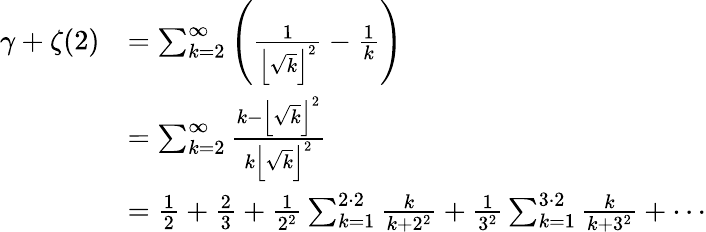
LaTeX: {\begin{array}{rl}{\gamma+\zeta(2)}&{=\sum_{k=2}^{\infty}\left({\frac{1}{\left\lfloor{\sqrt{k}}\right\rfloor^{2}}}-{\frac{1}{k}}\right)}\\ &{=\sum_{k=2}^{\infty}{\frac{k-\left\lfloor{\sqrt{k}}\right\rfloor^{2}}{k\left\lfloor{\sqrt{k}}\right\rfloor^{2}}}}\\ &{={\frac{1}{2}}+{\frac{2}{3}}+{\frac{1}{2^{2}}}\sum_{k=1}^{2\cdot 2}{\frac{k}{k+2^{2}}}+{\frac{1}{3^{2}}}\sum_{k=1}^{3\cdot 2}{\frac{k}{k+3^{2}}}+\cdots}\end{array}}